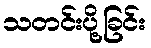
သတင်းပို့ခြင်း